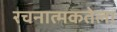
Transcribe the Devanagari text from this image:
रचनात्मकतेला